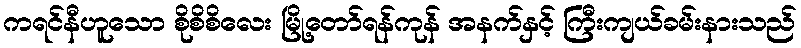
ကရင်နီဟူသော စိုစိစိလေး မြို့တော်ရန်ကုန် အနက်နှင့် ကြီးကျယ်ခမ်းနားသည်